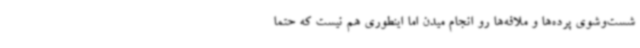
شست‌وشوی پرده‌ها و ملافه‌ها رو انجام میدن اما اینطوری هم نیست که حتما